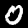
Label: 0